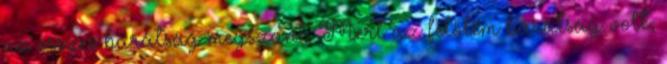
az összes barátság megszűnt. Mert az felőlem barátság volt,